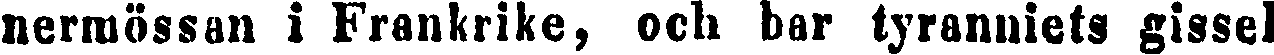
nermössan i Frankrike, och bar tyranniets gissel